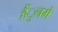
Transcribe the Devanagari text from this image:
हैंुनमें